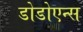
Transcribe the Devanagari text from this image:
डोडोएन्स